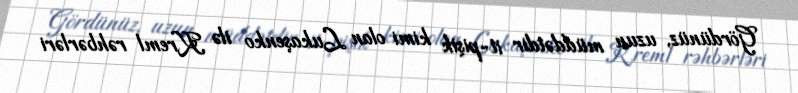
Gördünüz, uzun müddətdir it-pişik kimi olan Lukaşenko ilə Kreml rəhbərləri